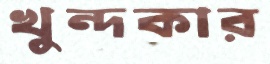
খুন্দকার